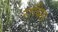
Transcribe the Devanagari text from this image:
रायिस